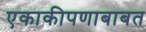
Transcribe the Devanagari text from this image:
एकाकीपणाबाबत